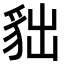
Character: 貀